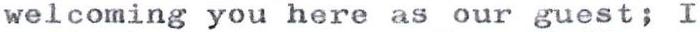
welcoming you here as our guest; I